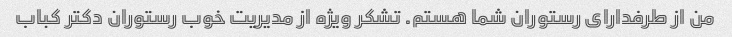
من از طرفدارای رستوران شما هستم. تشکر ویژه از مدیریت خوب رستوران دکتر کباب